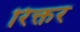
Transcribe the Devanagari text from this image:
रिक्तर